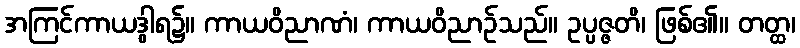
အကြင်ကာယဒွါရ၌။ ကာယဝိညာဏံ၊ ကာယဝိညာဉ်သည်။ ဥပ္ပဇ္ဇတိ၊ ဖြစ်၏။ တတ္ထ၊